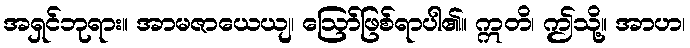
အရှင်ဘုရား။ အာမဇာယေယျ၊ ဩော်ဖြစ်ရာပါ၏။ ဣတိ၊ ဤသို့။ အာဟ၊